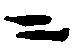
ニ